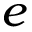
e